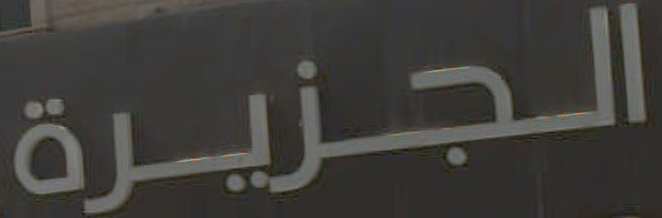
الجزيرة